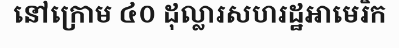
នៅក្រោម ៤០ ដុល្លារសហរដ្ឋអាមេរិក